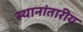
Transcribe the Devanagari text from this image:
स्थानांतारीय